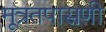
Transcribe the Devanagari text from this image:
मूत्रतपासणी